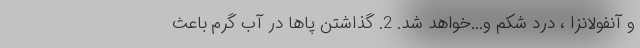
و آنفولانزا ، درد شکم و...خواهد شد. 2. گذاشتن پاها در آب گرم باعث